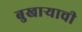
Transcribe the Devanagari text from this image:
बुखार्‍याची